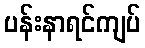
ပန်းနာရင်ကျပ်